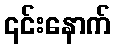
၎င်းနောက်